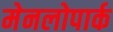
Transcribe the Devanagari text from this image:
मेनलोपार्क